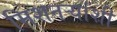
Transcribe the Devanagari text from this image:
मिशनऱ्यांशी